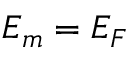
{ \cal E } _ { m } = { \cal E } _ { F }